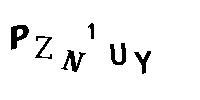
PZN1UY